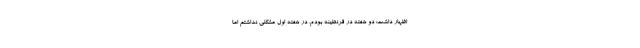
اظهار داشت: دو هفته در قرنطینه بودم. در هفته اول مشکلی نداشتم اما